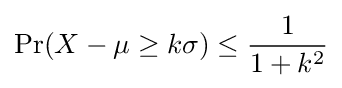
\Pr(X-\mu \geq k\sigma )\leq {\frac {1}{1+k^{2}}}